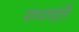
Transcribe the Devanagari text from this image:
मध्यवर्ति